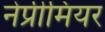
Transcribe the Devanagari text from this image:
नेप्रीमियर